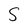
Character: S